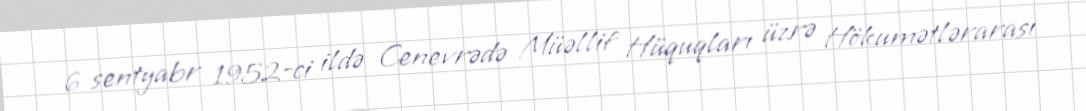
6 sentyabr 1952-ci ildə Cenevrədə Müəllif Hüquqları üzrə Hökumətlərarası